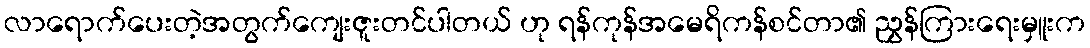
လာရောက်ပေးတဲ့အတွက်ကျေးဇူးတင်ပါတယ် ဟု ရန်ကုန်အမေရိကန်စင်တာ၏ ညွှန်ကြားရေးမှူးက